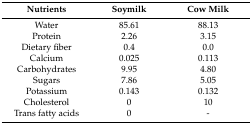
<table><thead><tr><td><b>Nutrients</b></td><td><b>Soymilk</b></td><td><b>Cow Milk</b></td></tr></thead><tbody><tr><td>Water</td><td>85.61</td><td>88.13</td></tr><tr><td>Protein</td><td>2.26</td><td>3.15</td></tr><tr><td>Dietary fiber</td><td>0.4</td><td>0.0</td></tr><tr><td>Calcium</td><td>0.025</td><td>0.113</td></tr><tr><td>Carbohydrates</td><td>9.95</td><td>4.80</td></tr><tr><td>Sugars</td><td>7.86</td><td>5.05</td></tr><tr><td>Potassium</td><td>0.143</td><td>0.132</td></tr><tr><td>Cholesterol</td><td>0</td><td>10</td></tr><tr><td>Trans fatty acids</td><td>0</td><td>-</td></tr></tbody></table>